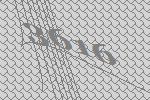
3616